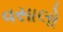
વસાલો